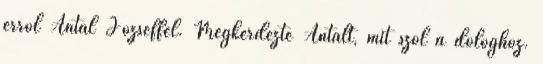
erről Antal Józseffel. Megkérdezte Antalt, mit szól a dologhoz.